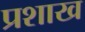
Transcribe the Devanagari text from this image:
प्रशाख